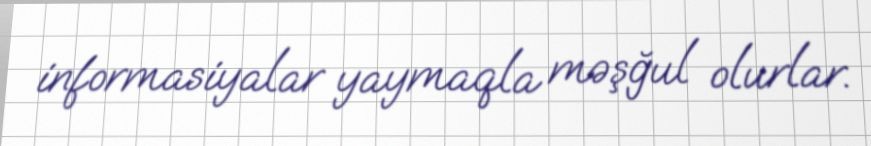
informasiyalar yaymaqla məşğul olurlar.